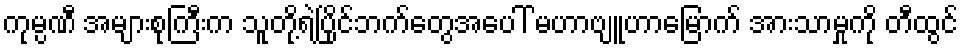
ကုမ္ပဏီ အများစုကြီးက သူတို့ရဲ့ပြိုင်ဘက်တွေအပေါ် မဟာဗျူဟာမြောက် အားသာမှုကို တီထွင်